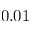
0 . 0 1